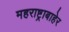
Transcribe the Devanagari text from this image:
महराष्ट्राबाहेर